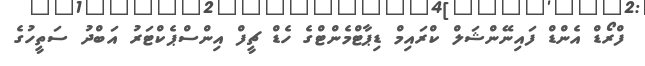
ފްރޯޑް އެންޑް ފައިނޭންޝަލް ކްރައިމް ޑިޕާޓްމެންޓްގެ ހެޑް ޗީފް އިންސްޕެކްޓަރު އަބްދު ސަތީހުގެ